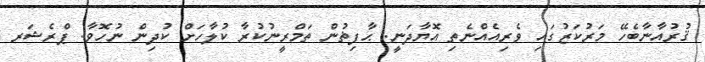
ޤުރުއާނާބެހޭ މަރުކަޒުގައި ވެރިއެއްނެތި އޮޔާދަނީ. ޙާފިޡުން ތަމްރީނުކުރާ ކުލާހަށް ކުދިން ނުހޮވާ. ޕްރެޝަރ